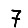
Digit: 7